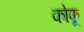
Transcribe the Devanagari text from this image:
कोफू